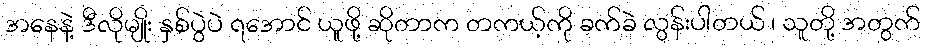
အနေနဲ့ ဒီလိုမျိုး နှစ်ပွဲပဲ ရအောင် ယူဖို့ ဆိုတာက တကယ့်ကို ခက်ခဲ လွန်းပါတယ် ၊ သူတို့ အတွက်